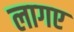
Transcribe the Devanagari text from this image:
लागए